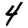
Digit: 4